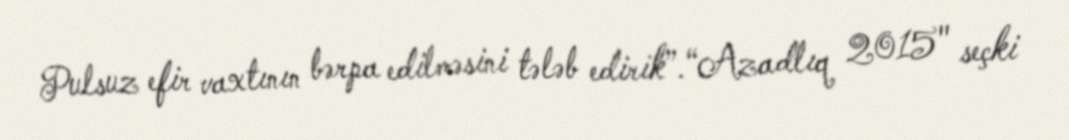
Pulsuz efir vaxtının bərpa edilməsini tələb edirik”.“Azadlıq 2015" seçki